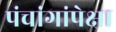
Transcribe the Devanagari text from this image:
पंचांगांपेक्षा